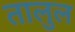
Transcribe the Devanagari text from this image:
तालुल